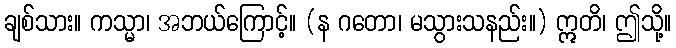
ချစ်သား။ ကသ္မာ၊ အဘယ်ကြောင့်။ (န ဂတော၊ မသွားသနည်း။) ဣတိ၊ ဤသို့။